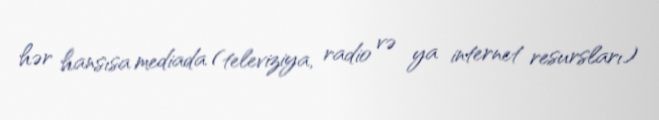
hər hansısa mediada (televiziya, radio və ya internet resursları)